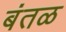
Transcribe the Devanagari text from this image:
बंतळ